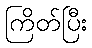
ကြိတ်ပြီး